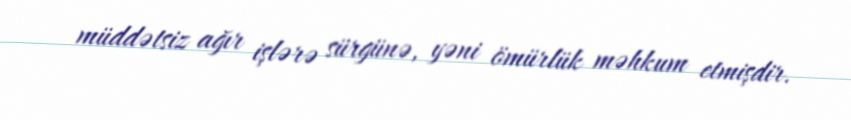
müddətsiz ağır işlərə sürgünə, yəni ömürlük məhkum etmişdir.